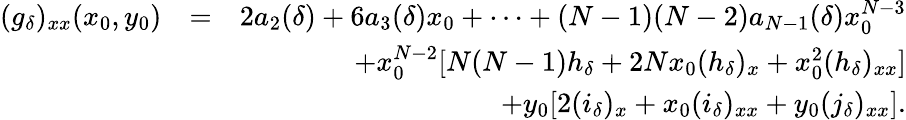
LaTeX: \begin{array}{rlr}{(g_{\delta})_{xx}(x_{0},y_{0})}&{=}&{2a_{2}(\delta)+6a_{3}(\delta)x_{0}+\cdots+(N-1)(N-2)a_{N-1}(\delta)x_{0}^{N-3}}\\ &{}&{+x_{0}^{N-2}[N(N-1)h_{\delta}+2Nx_{0}(h_{\delta})_{x}+x_{0}^{2}(h_{\delta})_{xx}]}\\ &{}&{+y_{0}[2(i_{\delta})_{x}+x_{0}(i_{\delta})_{xx}+y_{0}(j_{\delta})_{xx}].}\end{array}